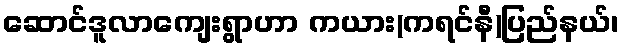
ဆောင်ဒူလာကျေးရွာဟာ ကယား(ကရင်နီ)ပြည်နယ်၊